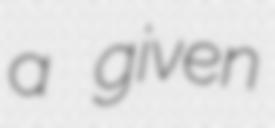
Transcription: a given